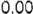
0.00